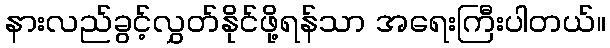
နားလည်ခွင့်လွှတ်နိုင်ဖို့ရန်သာ အရေးကြီးပါတယ်။